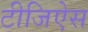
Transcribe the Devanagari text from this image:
टीजिऐस